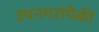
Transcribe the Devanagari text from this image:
उपनगरांपैकी